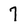
Character: 7